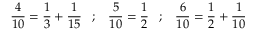
{ \frac { 4 } { 1 0 } } = { \frac { 1 } { 3 } } + { \frac { 1 } { 1 5 } } \; \; \; ; \; \; \; { \frac { 5 } { 1 0 } } = { \frac { 1 } { 2 } } \; \; \; ; \; \; \; { \frac { 6 } { 1 0 } } = { \frac { 1 } { 2 } } + { \frac { 1 } { 1 0 } }